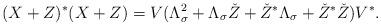
LaTeX: \begin{align*}(X+Z)^*(X+Z)=V(\Lambda_{\sigma}^2+\Lambda_{\sigma} \check Z+\check Z^*\Lambda_{\sigma}+\check Z^*\check Z)V^*.\end{align*}